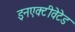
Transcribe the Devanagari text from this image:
इनएक्टीवेटेड